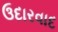
ઉદારવાદ